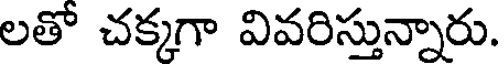
లతో చక్కగా వివరిస్తున్నారు.